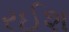
રઈશ